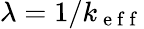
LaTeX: \lambda=1/k_{\mathrm{~e~f~f~}}